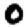
Digit: 0